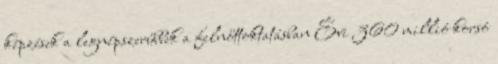
képzések a legnépszerűbbek a felnőttoktatásban Évi 360 millió korsó